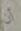
أن